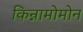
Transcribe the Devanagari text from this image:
किन्नामोमोन